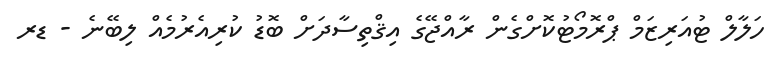
ހަލާލް ޓުއަރިޒަމް ޕްރޮމޯޓުކޮށްގެން ރާއްޖޭގެ އިޤްތިސާދަށް ބޮޑު ކުރިއެރުމެއް ލިބޭނެ - ޑރ